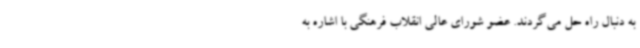
به دنبال راه حل می‌گردند. عضو شورای عالی انقلاب فرهنگی با اشاره به